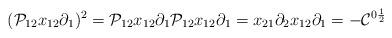
LaTeX: \begin{align*}({\cal P}_{12}x_{12}\partial_1)^2={\cal P}_{12}x_{12}\partial_1{\cal P}_{12}x_{12}\partial_1=x_{21}\partial_2x_{12}\partial_1=-{\cal C}^{0\frac{1}{2}}\end{align*}